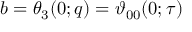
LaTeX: b = \theta _ { 3 } ( 0 ; q ) = \vartheta _ { 0 0 } ( 0 ; \tau )